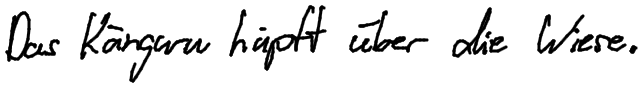
Das Känguru hüpft über die Wiese.